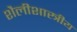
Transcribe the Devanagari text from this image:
शैलीशास्त्रीय